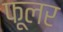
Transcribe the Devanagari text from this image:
फूलर